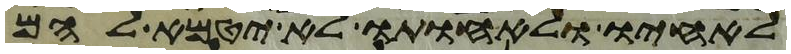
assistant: לאחיו ולאחותו לא יטמא להם